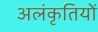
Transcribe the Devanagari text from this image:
अलंकृतियों